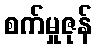
စက်မှုဇုန်